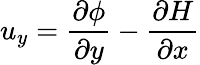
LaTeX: u_{y}=\frac{\partial\phi}{\partial y}-\frac{\partial H}{\partial x}